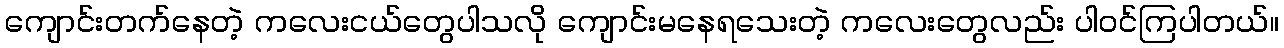
ကျောင်းတက်နေတဲ့ ကလေးငယ်တွေပါသလို ကျောင်းမနေရသေးတဲ့ ကလေးတွေလည်း ပါဝင်ကြပါတယ်။